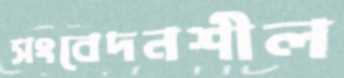
সংবেদনশীল